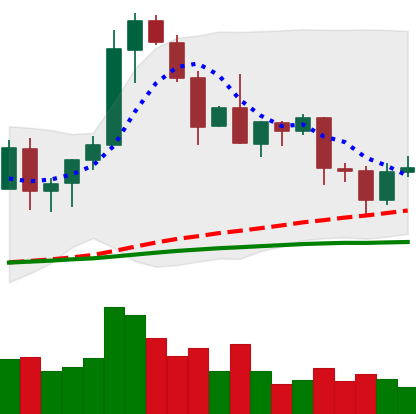
Ticker: EOS-USD
Chart end date: 2020-08-29
Forward return: -15.773%
Label: down_7plus